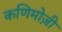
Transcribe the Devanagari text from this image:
कणिमोज़ी